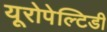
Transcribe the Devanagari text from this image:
यूरोपेल्टिडी